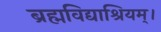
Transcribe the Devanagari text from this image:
ब्रह्मविद्याश्रियम्।